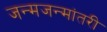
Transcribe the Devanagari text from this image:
जन्मजन्मांतरी